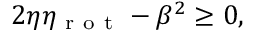
2 \eta \eta _ { \mathrm { ~ r ~ o ~ t ~ } } - \beta ^ { 2 } \ge 0 ,